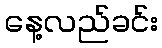
နေ့လည်ခင်း